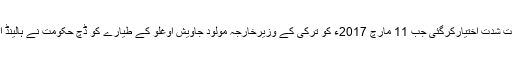
یہ سرد مہری اُس وقت شدت اختیارکرگئی جب 11 مارچ 2017ء کو ترکی کے وزیرخارجہ مولود جاویش اوغلو کے طیارے کو ڈچ حکومت نے ہالینڈ اترنے سے روک دیا۔